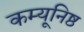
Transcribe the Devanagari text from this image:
कम्यूनिष्ठ